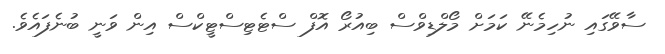
ސާވޭގައި ނުހިމެނޭ ކަމަށް މޯލްޑިވްސް ބިއުރޯ އޮފް ސްޓެޓިސްޓީކްސް އިން ވަނީ ބުނެފައެވެ.